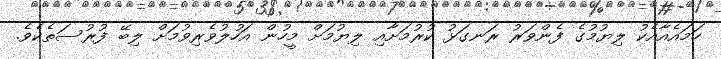
ހަމައެއާއެކު ލިޔުމުގެ ފެންވަރު ރަނގަޅު ކުރުމަށާއި ލިޔުމަށް މީހުން އަހުލުވެރިވުމަށް ލިބޭ ފުރުސަތެކެވެ.